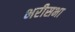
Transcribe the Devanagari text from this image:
भरीसभा